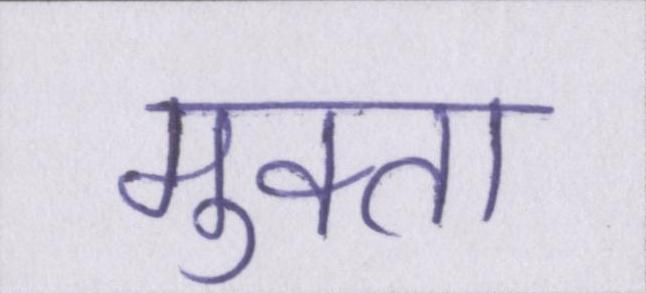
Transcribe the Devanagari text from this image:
मुक्ता